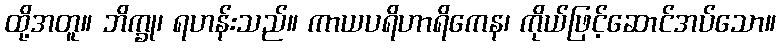
ထို့အတူ။ ဘိက္ခု၊ ရဟန်းသည်။ ကာယပရိဟာရိကေန၊ ကိုယ်ဖြင့်ဆောင်အပ်သော။